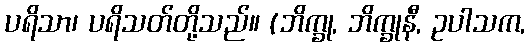
ပရိသာ၊ ပရိသတ်တို့သည်။ (ဘိက္ခု, ဘိက္ခုနီ, ဥပါသက,